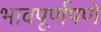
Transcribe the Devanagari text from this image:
भावपूर्णपणे